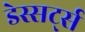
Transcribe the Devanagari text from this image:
डेस्सर्ट्स